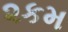
૨કમ